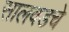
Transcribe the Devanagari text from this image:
सालवडचे